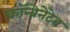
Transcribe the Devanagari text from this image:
कॉन्वेनेटेड